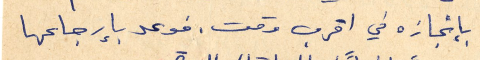
بانجازه في اقرب وقت. فوعد بإرجاعها